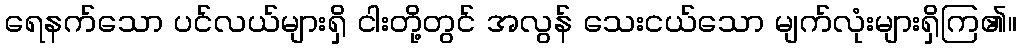
ရေနက်သော ပင်လယ်များရှိ ငါးတို့တွင် အလွန် သေးငယ်သော မျက်လုံးများရှိကြ၏။